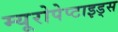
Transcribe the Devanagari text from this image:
म्यूरोपेप्टाइड्स